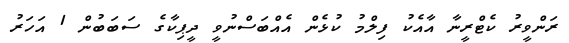
ރަންވީރު ކެޓްރީނާ އާއެކު ފިލްމު ކުޅެން އެއްބަސްނުވީ ދީޕިކާގެ ސަބަބުން 1 އަހަރު